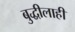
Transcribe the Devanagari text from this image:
बुद्धीलाही